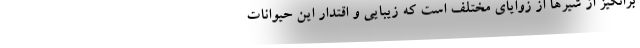
برانگیز از شیر‌ها از زوایای مختلف است که زیبایی و اقتدار این حیوانات